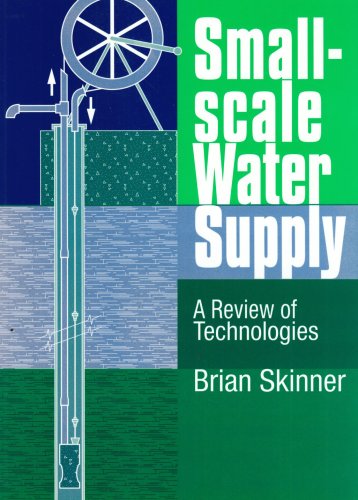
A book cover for Small-Scale Water Supply: A Review of Technologies; Brian Skinner; Science & Math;